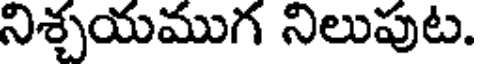
నిశ్చయముగ నిలుపుట.